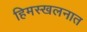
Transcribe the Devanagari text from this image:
हिमस्खलनात